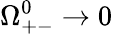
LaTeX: \Omega_{+-}^{0}\rightarrow 0